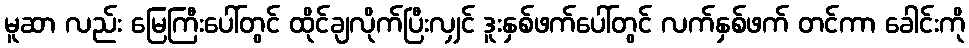
မူဆာ လည်း မြေကြီးပေါ်တွင် ထိုင်ချလိုက်ပြီးလျှင် ဒူးနှစ်ဖက်ပေါ်တွင် လက်နှစ်ဖက် တင်ကာ ခေါင်းကို